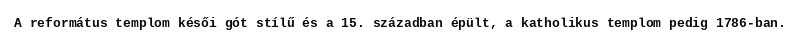
A református templom késői gót stílű és a 15. században épült, a katholikus templom pedig 1786-ban.